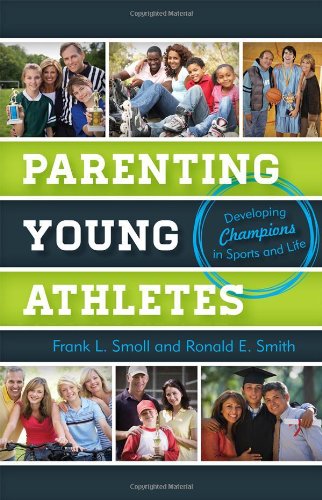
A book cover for Parenting Young Athletes: Developing Champions in Sports and Life; Frank L. Smoll; Health, Fitness & Dieting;